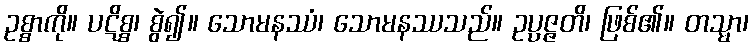
ဥစ္စာကို။ ပဋိစ္စ၊ စွဲ၍။ သောမနဿံ၊ သောမနဿသည်။ ဥပ္ပဇ္ဇတိ၊ ဖြစ်၏။ တသ္မာ၊